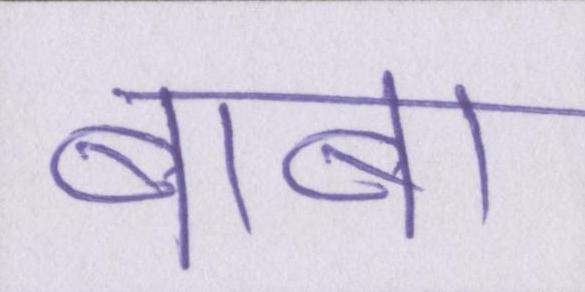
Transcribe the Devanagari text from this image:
बाबा